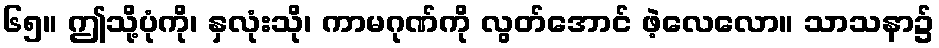
၆၅။ ဤသို့ပုံကို၊ နှလုံးသို၊ ကာမဂုဏ်ကို လွတ်အောင် ဖဲ့လေလော။ သာသနာ၌